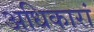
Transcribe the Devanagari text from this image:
अधिकारां